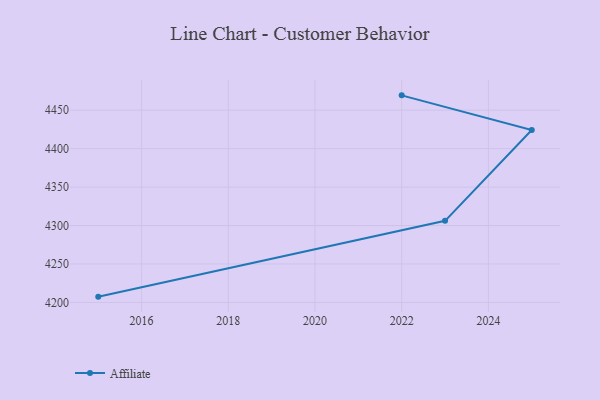
{"axis": {"x": "Year", "y": "Active Users"}, "legend": ["Affiliate"], "data": [{"x": "2022", "y": 4469.3, "type": "Affiliate"}, {"x": "2025", "y": 4424.3, "type": "Affiliate"}, {"x": "2023", "y": 4306.1, "type": "Affiliate"}, {"x": "2015", "y": 4207.5, "type": "Affiliate"}]}